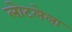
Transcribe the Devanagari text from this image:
लोटलेला